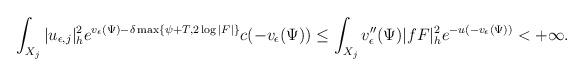
LaTeX: \begin{align*}\int_{X_j}|u_{\epsilon,j}|^2_{h}e^{v_\epsilon(\Psi)-\delta \max\{\psi+T,2\log|F|\}}c(-v_\epsilon(\Psi))\le\int_{X_j}v''_{\epsilon}(\Psi)|fF|^2_h e^{-u(-v_{\epsilon}(\Psi))}<+\infty.\end{align*}